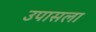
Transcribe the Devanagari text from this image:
उपासला